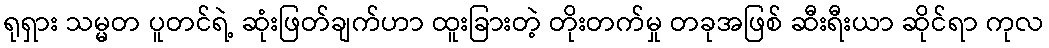
ရုရှား သမ္မတ ပူတင်ရဲ့ ဆုံးဖြတ်ချက်ဟာ ထူးခြားတဲ့ တိုးတက်မှု တခုအဖြစ် ဆီးရီးယာ ဆိုင်ရာ ကုလ